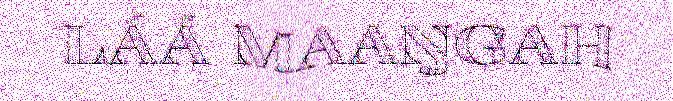
LÁÁ MAAŊGAH